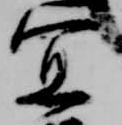
宜